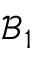
\mathcal { B } _ { 1 }